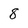
Character: 8